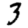
Digit: 3